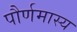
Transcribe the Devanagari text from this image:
पौर्णमास्य